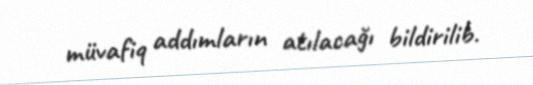
müvafiq addımların atılacağı bildirilib.